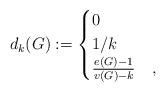
LaTeX: \begin{align*} d_k(G) := \begin{cases} 0 & \\ 1/k & \\ \frac{e(G)-1}{v(G)-k} & , \end{cases}\end{align*}